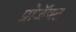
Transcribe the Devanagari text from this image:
प्रोजॅक्ट